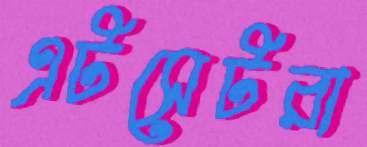
এটসেটরা